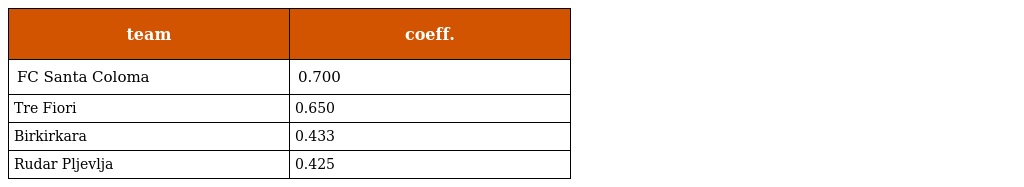
| team | coeff. |
 | --- | --- |
 | FC Santa Coloma | 0.700 |
 | Tre Fiori | 0.650 |
 | Birkirkara | 0.433 |
 | Rudar Pljevlja | 0.425 |